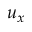
u _ { x }